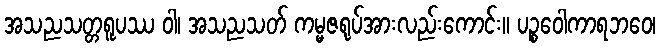
အသညသတ္တရူပဿ ဝါ၊ အသညသတ် ကမ္မဇရုပ်အားလည်းကောင်း။ ပဉ္စဝေါကာရဘဝေ၊